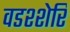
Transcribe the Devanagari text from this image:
वडश्शेरि